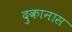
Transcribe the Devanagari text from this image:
दुकानास